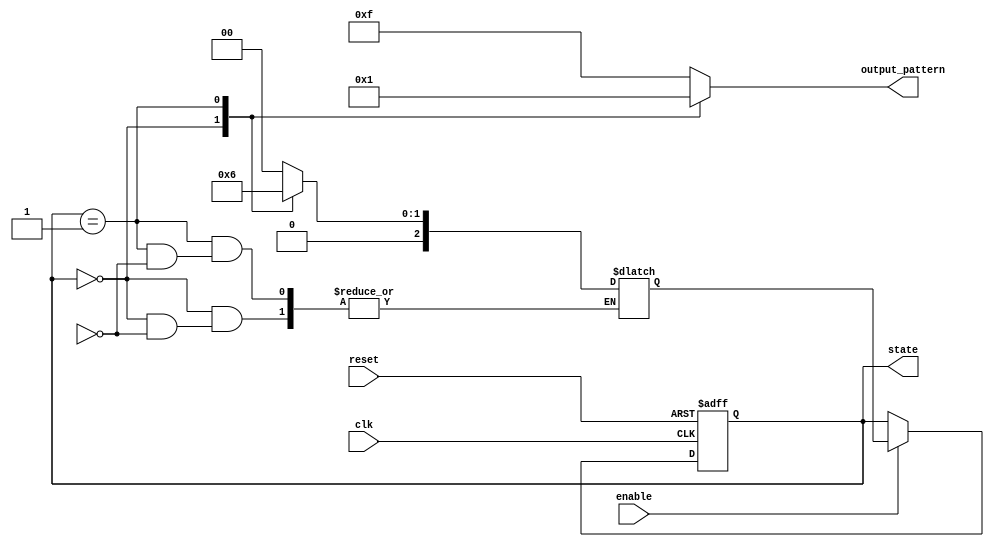
module state_machine (
  input clk,
  input reset,
  input enable,
  
  output reg [2:0] state,
  output reg [3:0] output_pattern
);

reg [2:0] next_state;
always @(posedge clk or posedge reset) begin
  if (reset) begin
    state <= 3'b000; // initial state
  end else begin
    if (enable) begin
      state <= next_state;
    end
  end
end

always @* begin
  case (state)
    3'b000: begin // state 0
      output_pattern = 4'b0000;
      if (priority_condition) begin
        next_state = 3'b001;
      end
    end
    3'b001: begin // state 1
      output_pattern = 4'b0001;
      if (priority_condition) begin
        next_state = 3'b010;
      end
    end
    // additional states and output patterns
    default: begin // default state
      output_pattern = 4'b1111;
      next_state = 3'b000;
    end
  endcase
end

endmodule